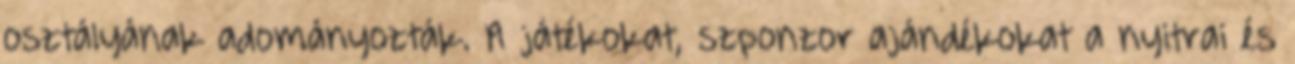
osztályának adományozták. A játékokat, szponzor ajándékokat a nyitrai és